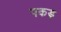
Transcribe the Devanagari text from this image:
पकड़़